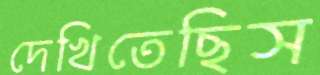
দেখিতেছিস